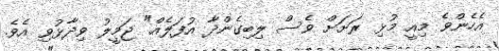
އެހެންވެ މިއީ މުޅި ރަށަށް ވެސް ލިބިގެންދާ އުފަލެއް" ޖަމީލު ވިދާޅުވި އެވެ.